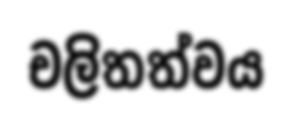
චලිතත්වය